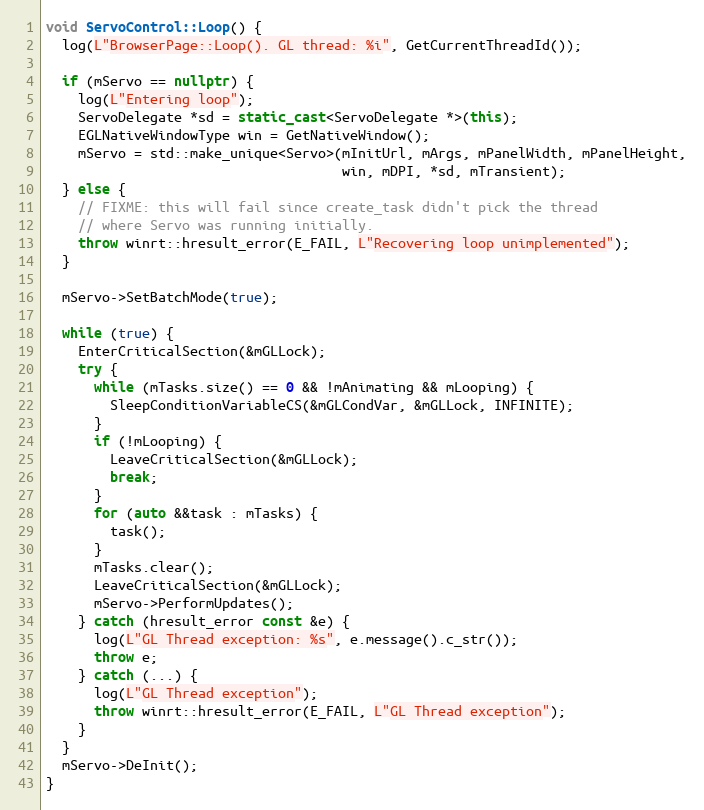
Language: C++
void ServoControl::Loop() {
  log(L"BrowserPage::Loop(). GL thread: %i", GetCurrentThreadId());

  if (mServo == nullptr) {
    log(L"Entering loop");
    ServoDelegate *sd = static_cast<ServoDelegate *>(this);
    EGLNativeWindowType win = GetNativeWindow();
    mServo = std::make_unique<Servo>(mInitUrl, mArgs, mPanelWidth, mPanelHeight,
                                     win, mDPI, *sd, mTransient);
  } else {
    // FIXME: this will fail since create_task didn't pick the thread
    // where Servo was running initially.
    throw winrt::hresult_error(E_FAIL, L"Recovering loop unimplemented");
  }

  mServo->SetBatchMode(true);

  while (true) {
    EnterCriticalSection(&mGLLock);
    try {
      while (mTasks.size() == 0 && !mAnimating && mLooping) {
        SleepConditionVariableCS(&mGLCondVar, &mGLLock, INFINITE);
      }
      if (!mLooping) {
        LeaveCriticalSection(&mGLLock);
        break;
      }
      for (auto &&task : mTasks) {
        task();
      }
      mTasks.clear();
      LeaveCriticalSection(&mGLLock);
      mServo->PerformUpdates();
    } catch (hresult_error const &e) {
      log(L"GL Thread exception: %s", e.message().c_str());
      throw e;
    } catch (...) {
      log(L"GL Thread exception");
      throw winrt::hresult_error(E_FAIL, L"GL Thread exception");
    }
  }
  mServo->DeInit();
}